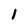
Character: 1